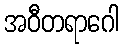
အဝီတရာဂေါ